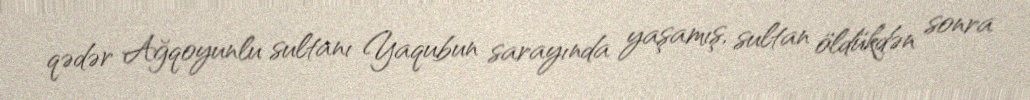
qədər Ağqoyunlu sultanı Yaqubun sarayında yaşamış, sultan öldükdən sonra